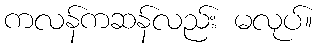
ကလန်ကဆန်လည်း မလုပ်။